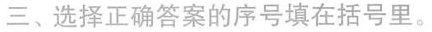
三、选择正确答案的序号填在括号里。